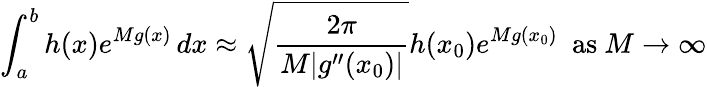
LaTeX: \int_{a}^{b}h(x)e^{Mg(x)}\, dx\approx{\sqrt{\frac{2\pi}{M|g^{\prime\prime}(x_{0})|}}}h(x_{0})e^{Mg(x_{0})}\ {\mathrm{~as~}}M\to\infty